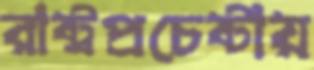
রাষ্ট্রপ্রচেষ্টায়